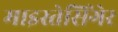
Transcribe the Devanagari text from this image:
माइस्तेसिंगेर